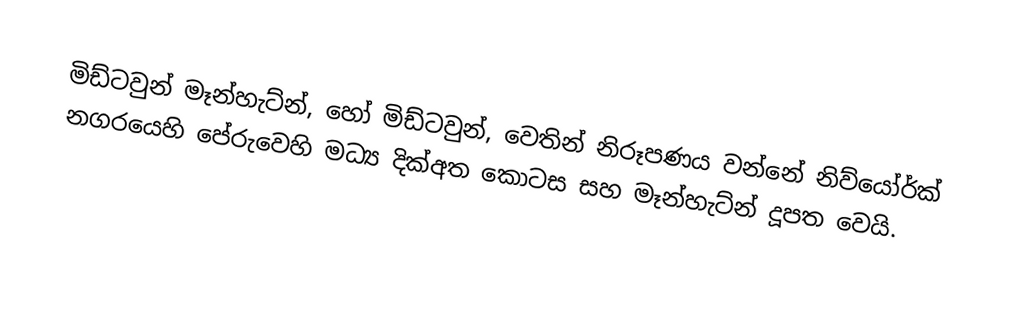
මිඩ්ටවුන් මෑන්හැට්න්, හෝ  මිඩ්ටවුන්, වෙතින් නිරූපණය වන්නේ නිව්යෝර්ක් නගරයෙහි පේරුවෙහි මධ්‍ය දික්අත කොටස සහ මෑන්හැට්න් දූපත වෙයි.